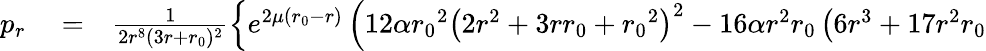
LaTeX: \begin{array}{rlr}{p_{r}}&{{}=}&{\frac{1}{2r^{8}(3r+{r_{0}})^{2}}\left\lbrace e^{2\mu({r_{0}}-r)}\left(12\alpha{r_{0}}^{2}\left(2r^{2}+3r{r_{0}}+{r_{0}}^{2}\right)^{2}-16\alpha r^{2}{r_{0}}\left(6r^{3}+17r^{2}{r_{0}}\right.\right.\right.}\end{array}